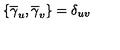
\left\{ \overline { { \gamma } } _ { u } , \overline { { \gamma } } _ { v } \right\} = \delta _ { u v }